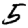
Digit: 5